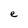
Character: e